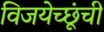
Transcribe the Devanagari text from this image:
विजयेच्छूंची